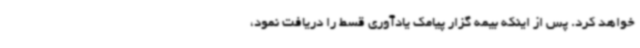
خواهد کرد. پس از اینکه بیمه گزار پیامک یادآوری قسط را دریافت نمود،